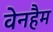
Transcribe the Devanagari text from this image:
वेनहैम